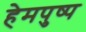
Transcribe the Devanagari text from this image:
हेमपुष्प